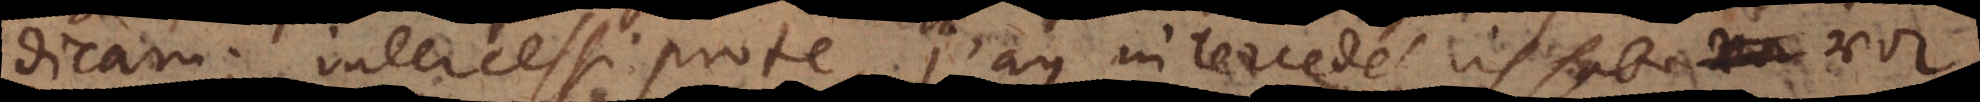
dicam; intercessi pro te, j’ay intercedé, ich habe vor